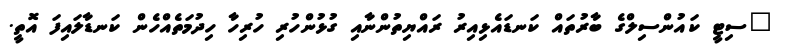
"ސިޓީ ކައުންސިލްގެ ބާރުތައް ކަނޑައެޅިއިރު ރައްޔިތުންނާއި ގުޅުންހުރި ހުރިހާ ހިދުމަތެއްހެން ކަނޑާލައިފަ އޮތީ.